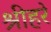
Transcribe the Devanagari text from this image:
श्रीहरे